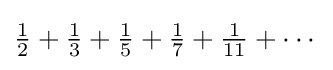
{\tfrac {1}{2}}+{\tfrac {1}{3}}+{\tfrac {1}{5}}+{\tfrac {1}{7}}+{\tfrac {1}{11}}+\cdots